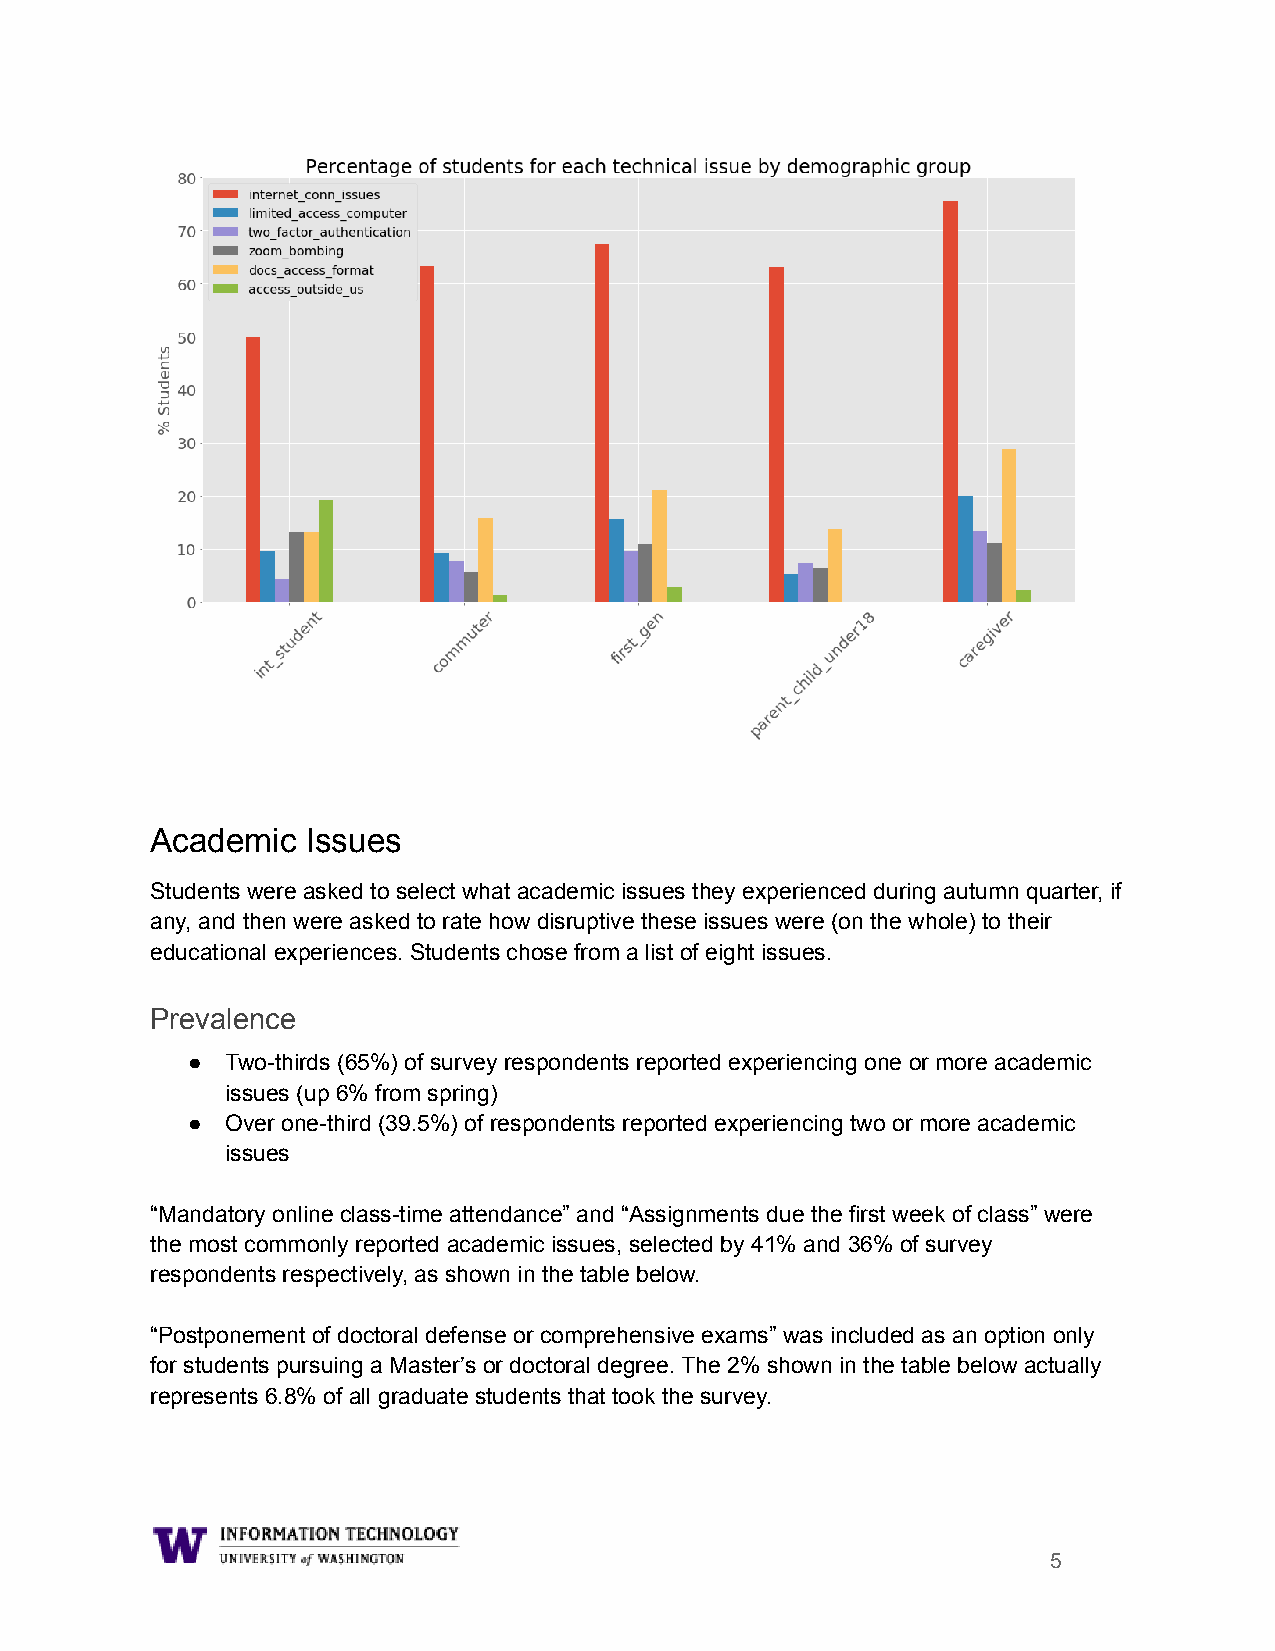
Academic  Issues
 Students were asked to select what academic issues they experienced during autumn quarter, if
 any, and then were asked to rate how disruptive these issues were (on the whole) to their
 educational experiences. Students chose from a list of eight issues.
 Prevalence
 ●  Two-thirds (65%) of survey respondents reported experiencing one or more academic
 issues (up 6% from spring)
 ●  Over one-third (39.5%) of respondents reported experiencing two or more academic
 issues
 “Mandatory online class-time attendance” and “Assignments due the first week of class” were
 the most commonly reported academic issues, selected by 41% and 36% of survey
 respondents respectively, as shown in the table below.
 “Postponement of doctoral defense or comprehensive exams” was included as an option only
 for students pursuing a Master’s or doctoral degree. The 2% shown in the table below actually
 represents 6.8% of all graduate students that took the survey.
 5